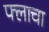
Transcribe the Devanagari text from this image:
फ्लाचा